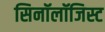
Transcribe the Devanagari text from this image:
सिनॉलॉजिस्ट